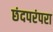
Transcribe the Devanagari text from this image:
छंदपरंपरा